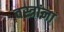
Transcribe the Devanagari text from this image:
वस्त्रांना